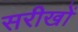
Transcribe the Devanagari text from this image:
सरीखों